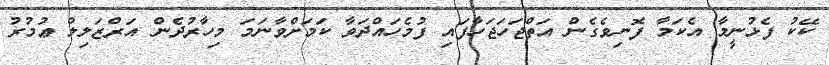
ކޭކު ފެޅުނީމާ އެކަމާ ފޮނިވެގެން އަތްޖަހަޖަހާފައި ފުމެހައްދަވާ ކަމަށްވާނަމަ މިހާރުދެން އަރްޒަލިލް ޢުމުރު